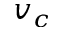
v _ { c }